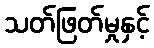
သတ်ဖြတ်မှုနှင့်